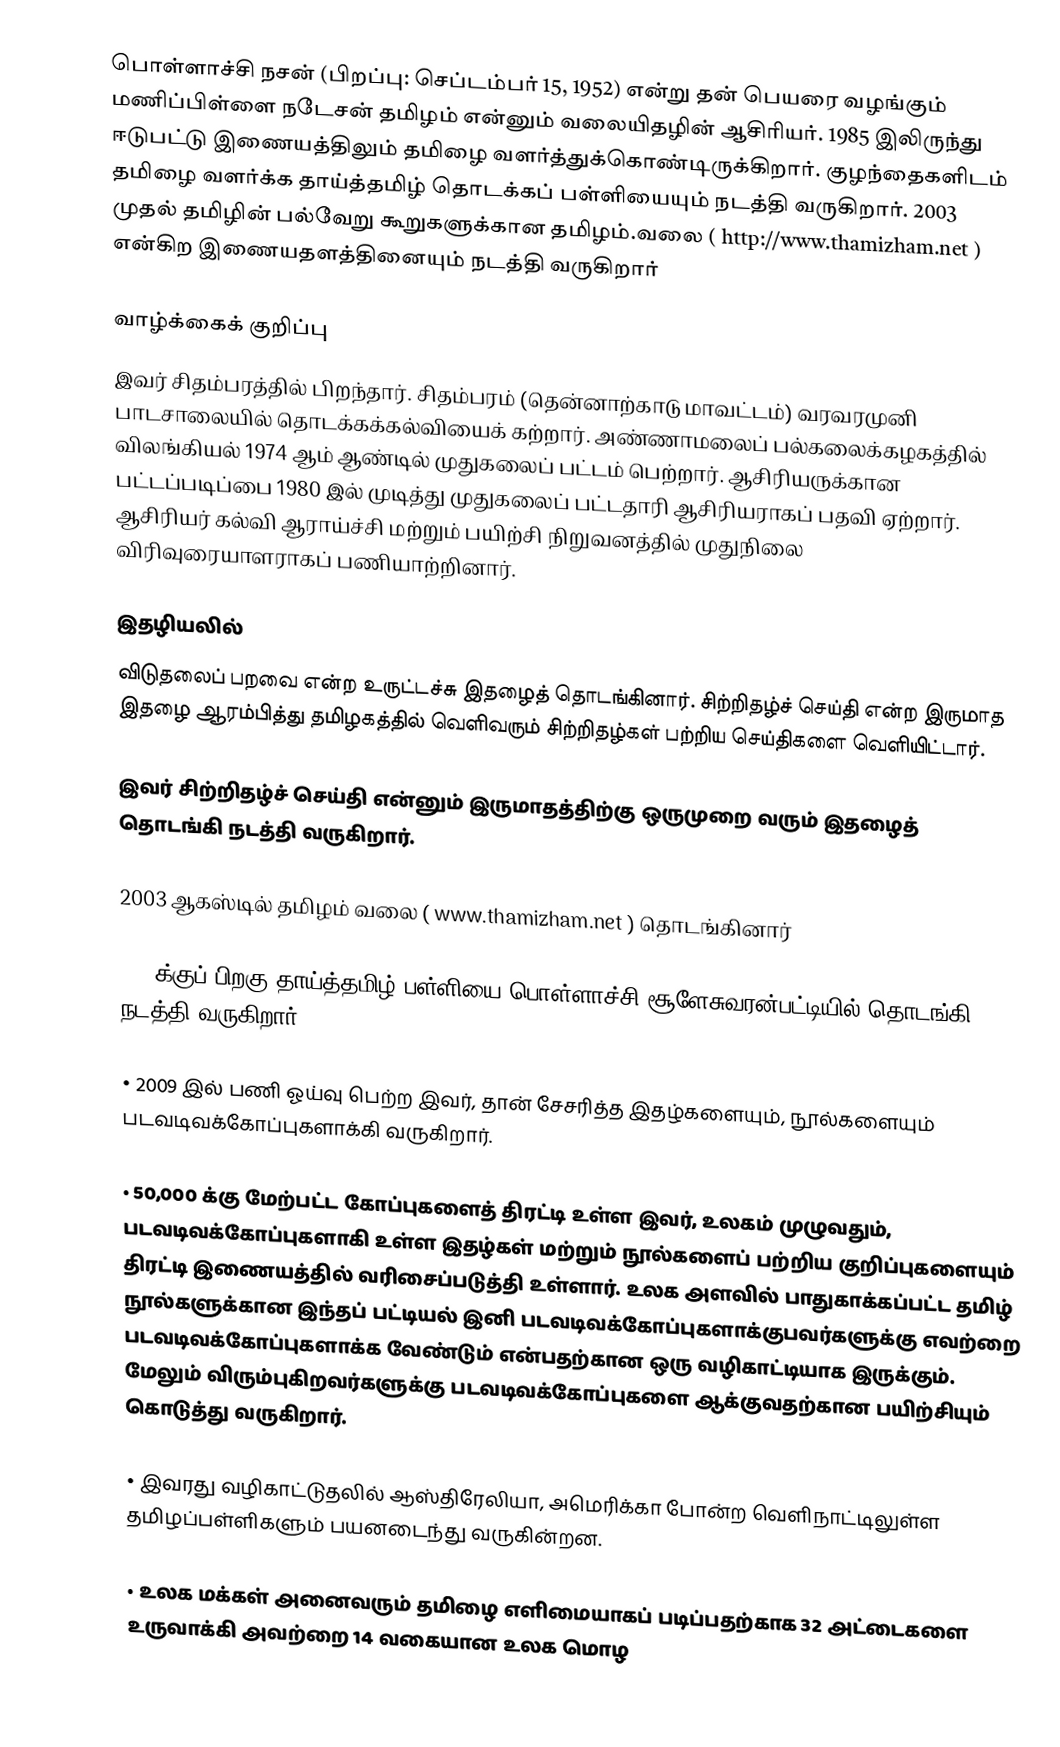
பொள்ளாச்சி நசன் (பிறப்பு: செப்டம்பர் 15, 1952) என்று தன் பெயரை வழங்கும் மணிப்பிள்ளை நடேசன் தமிழம் என்னும் வலையிதழின் ஆசிரியர். 1985 இலிருந்து ஈடுபட்டு இணையத்திலும் தமிழை வளர்த்துக்கொண்டிருக்கிறார். குழந்தைகளிடம் தமிழை வளர்க்க தாய்த்தமிழ் தொடக்கப் பள்ளியையும் நடத்தி வருகிறார். 2003 முதல் தமிழின் பல்வேறு கூறுகளுக்கான தமிழம்.வலை ( http://www.thamizham.net ) என்கிற இணையதளத்தினையும் நடத்தி வருகிறார்

வாழ்க்கைக் குறிப்பு
இவர் சிதம்பரத்தில் பிறந்தார். சிதம்பரம் (தென்னாற்காடு மாவட்டம்) வரவரமுனி பாடசாலையில் தொடக்கக்கல்வியைக் கற்றார். அண்ணாமலைப் பல்கலைக்கழகத்தில் விலங்கியல் 1974 ஆம் ஆண்டில் முதுகலைப் பட்டம் பெற்றார். ஆசிரியருக்கான பட்டப்படிப்பை 1980 இல் முடித்து முதுகலைப் பட்டதாரி ஆசிரியராகப் பதவி ஏற்றார். ஆசிரியர் கல்வி ஆராய்ச்சி மற்றும் பயிற்சி நிறுவனத்தில் முதுநிலை விரிவுரையாளராகப் பணியாற்றினார்.

இதழியலில்
விடுதலைப் பறவை என்ற உருட்டச்சு இதழைத் தொடங்கினார். சிற்றிதழ்ச் செய்தி என்ற இருமாத இதழை ஆரம்பித்து தமிழகத்தில் வெளிவரும் சிற்றிதழ்கள் பற்றிய செய்திகளை வெளியிட்டார்.

 இவர் சிற்றிதழ்ச் செய்தி என்னும் இருமாதத்திற்கு ஒருமுறை வரும் இதழைத் தொடங்கி நடத்தி வருகிறார்.

 2003 ஆகஸ்டில் தமிழம் வலை ( www.thamizham.net ) தொடங்கினார்

 1999க்குப் பிறகு தாய்த்தமிழ் பள்ளியை  பொள்ளாச்சி சூளேசுவரன்பட்டியில் தொடங்கி நடத்தி வருகிறார்.

• 2009 இல் பணி ஓய்வு பெற்ற இவர், தான் சேசரித்த இதழ்களையும், நூல்களையும் படவடிவக்கோப்புகளாக்கி வருகிறார்.

• 50,000 க்கு மேற்பட்ட கோப்புகளைத் திரட்டி உள்ள இவர், உலகம் முழுவதும், படவடிவக்கோப்புகளாகி உள்ள  இதழ்கள் மற்றும் நூல்களைப் பற்றிய குறிப்புகளையும் திரட்டி இணையத்தில் வரிசைப்படுத்தி உள்ளார். உலக அளவில் பாதுகாக்கப்பட்ட தமிழ் நூல்களுக்கான இந்தப் பட்டியல் இனி படவடிவக்கோப்புகளாக்குபவர்களுக்கு எவற்றை படவடிவக்கோப்புகளாக்க வேண்டும் என்பதற்கான ஒரு வழிகாட்டியாக இருக்கும். மேலும் விரும்புகிறவர்களுக்கு படவடிவக்கோப்புகளை ஆக்குவதற்கான பயிற்சியும் கொடுத்து வருகிறார்.

• இவரது வழிகாட்டுதலில் ஆஸ்திரேலியா, அமெரிக்கா போன்ற வெளிநாட்டிலுள்ள தமிழப்பள்ளிகளும் பயனடைந்து வருகின்றன.

• உலக மக்கள் அனைவரும் தமிழை எளிமையாகப் படிப்பதற்காக 32 அட்டைகளை உருவாக்கி அவற்றை 14 வகையான உலக மொழ